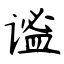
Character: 谧